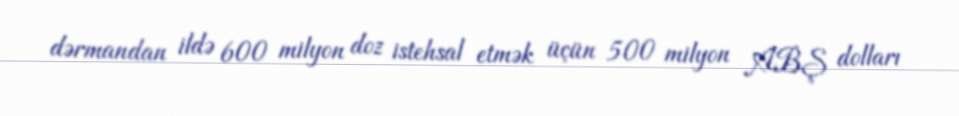
dərmandan ildə 600 milyon doz istehsal etmək üçün 500 milyon ABŞ dolları